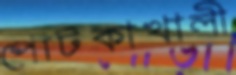
পোটকাখালী